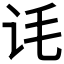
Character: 𬣜